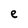
Character: e